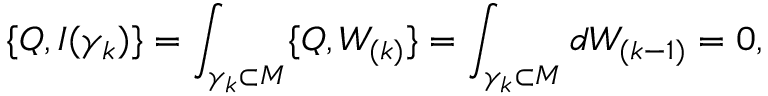
\{ Q , I ( \gamma _ { k } ) \} = \int _ { \gamma _ { k } \subset M } \{ Q , W _ { ( k ) } \} = \int _ { \gamma _ { k } \subset M } d W _ { ( k - 1 ) } = 0 ,